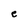
Character: e